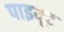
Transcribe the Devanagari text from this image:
पाइयूट